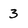
Character: 3